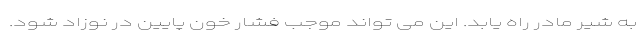
به شیر مادر راه یابد. این می تواند موجب فشار خون پایین در نوزاد شود.